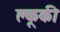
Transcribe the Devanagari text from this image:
क्लूकी